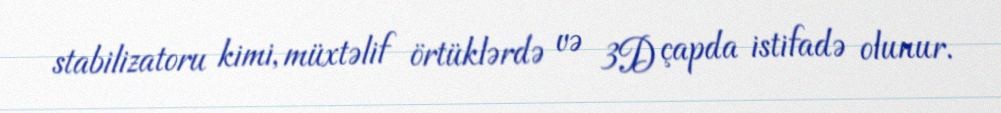
stabilizatoru kimi, müxtəlif örtüklərdə və 3D çapda istifadə olunur.